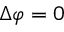
\Delta \varphi = 0